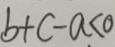
b + c - a < 0